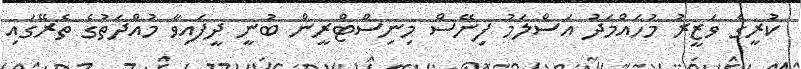
ކުރީގެ ވަޒީރު މުހައްމަދު އަސްލަމު ފިނޭސް މިނިސްޓްރީން ބުނީ ދީފައިވާ މުއްދަތުގެ ތެރޭގައި